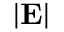
| \mathbf { E } |